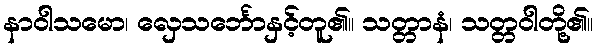
နာဝါသမော၊ လှေသင်္ဘောနှင့်တူ၏။ သတ္တာနံ၊ သတ္တဝါတို့၏။